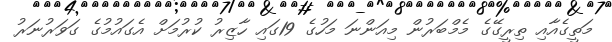
މަތީގެއާއި ތިރީގޭގެ މެމްބަރުން މިއަންނަ މަހުގެ 19ގައި ހާޒިރު ކުރުމަށް އެގައުމުގެ ގަވަރުނަރު